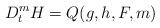
LaTeX: \begin{align*}D_t^m H = Q(g,h,F,m)\end{align*}